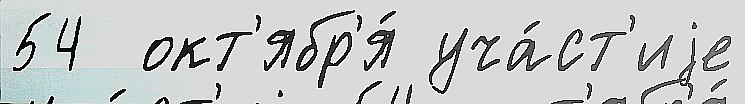
54  окт'ябр'я́ уча́ст'иjе